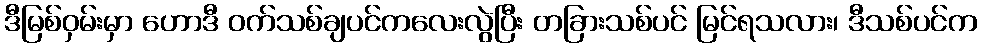
ဒီမြစ်ဝှမ်းမှာ ဟောဒီ ဝက်သစ်ချပင်ကလေးလွဲပြီး တခြားသစ်ပင် မြင်ရသလား၊ ဒီသစ်ပင်က